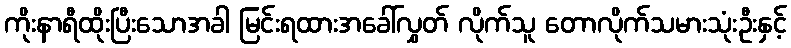
ကိုးနာရီထိုးပြီးသောအခါ မြင်းရထားအခေါ်လွှတ် လိုက်သူ တောလိုက်သမားသုံးဦးနှင့်